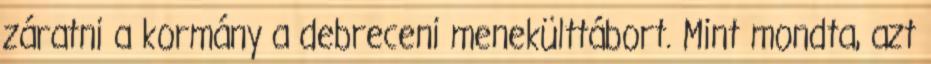
záratni a kormány a debreceni menekülttábort. Mint mondta, azt